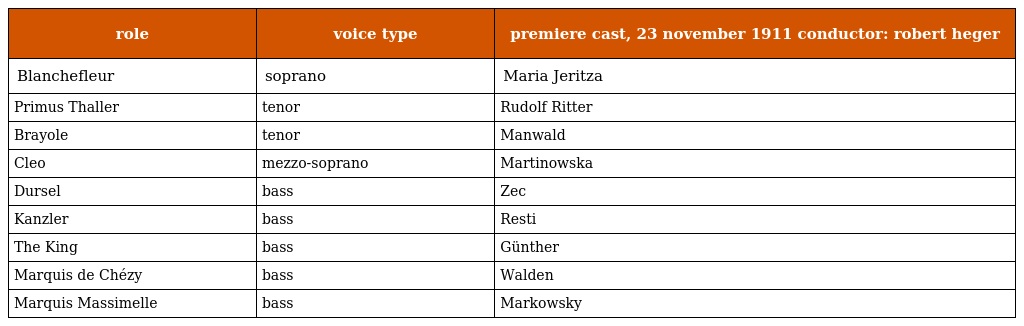
| role | voice type | premiere cast, 23 november 1911 conductor: robert heger |
 | --- | --- | --- |
 | Blanchefleur | soprano | Maria Jeritza |
 | Primus Thaller | tenor | Rudolf Ritter |
 | Brayole | tenor | Manwald |
 | Cleo | mezzo-soprano | Martinowska |
 | Dursel | bass | Zec |
 | Kanzler | bass | Resti |
 | The King | bass | Günther |
 | Marquis de Chézy | bass | Walden |
 | Marquis Massimelle | bass | Markowsky |